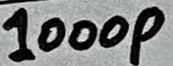
Text: 1000p